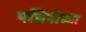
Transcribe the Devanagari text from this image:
पचिनोच्या